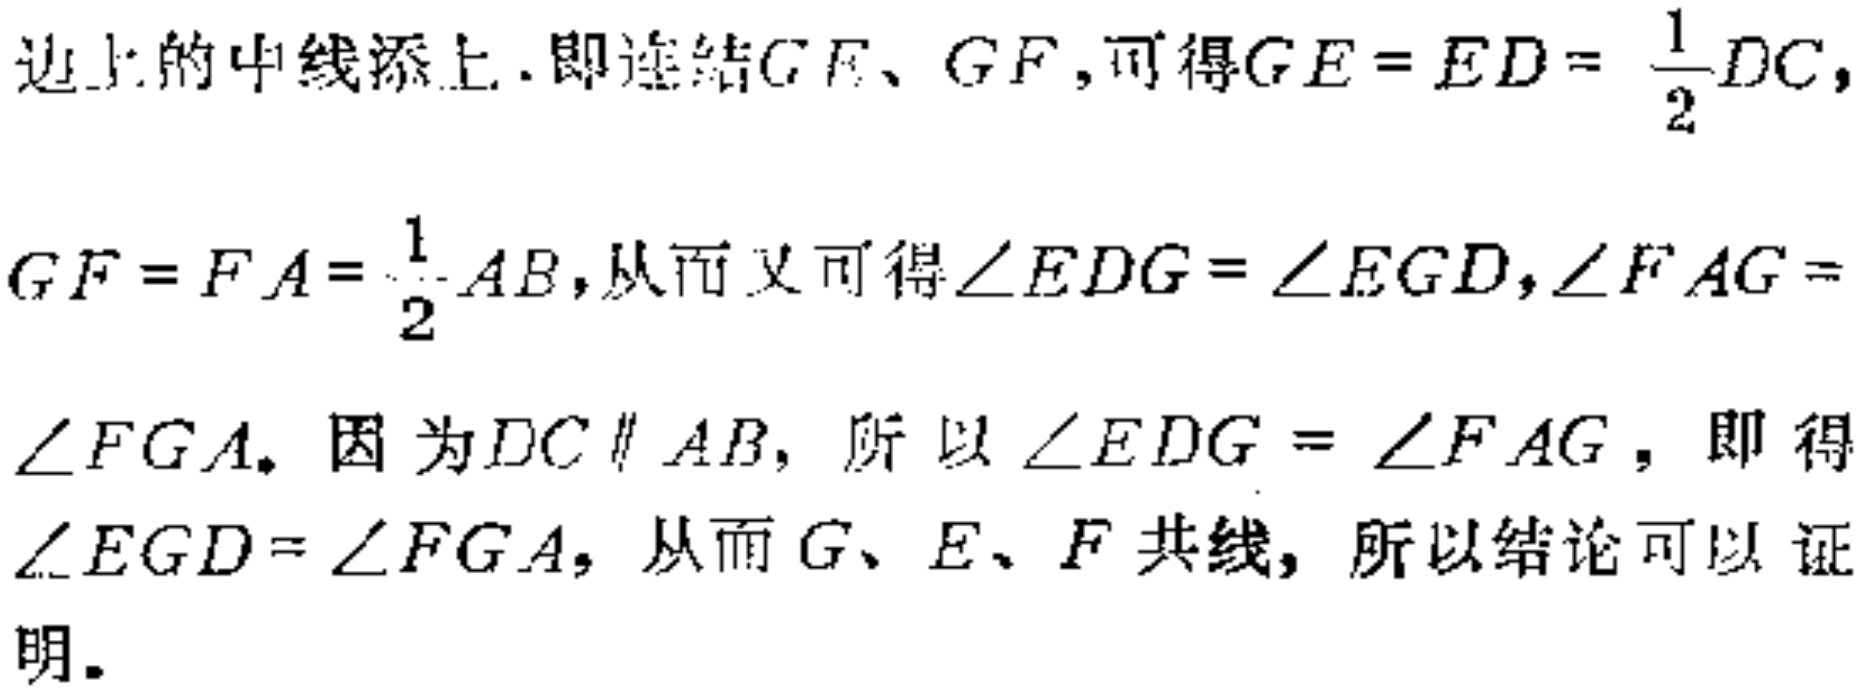
边上的中线添上. 即连结\(GE\)、\(GF\), 可得\(GE = ED=\frac{1}{2}DC\),

\(GF = FA=\frac{1}{2}AB\), 从而又可得\(\angle EDG=\angle EGD\), \(\angle FAG = \)

\(\angle FGA\). 因为\(DC\parallel AB\), 所以\(\angle EDG=\angle FAG\), 即得

\(\angle EGD=\angle FGA\), 从而\(G\)、\(E\)、\(F\)共线, 所以结论可以证

明.